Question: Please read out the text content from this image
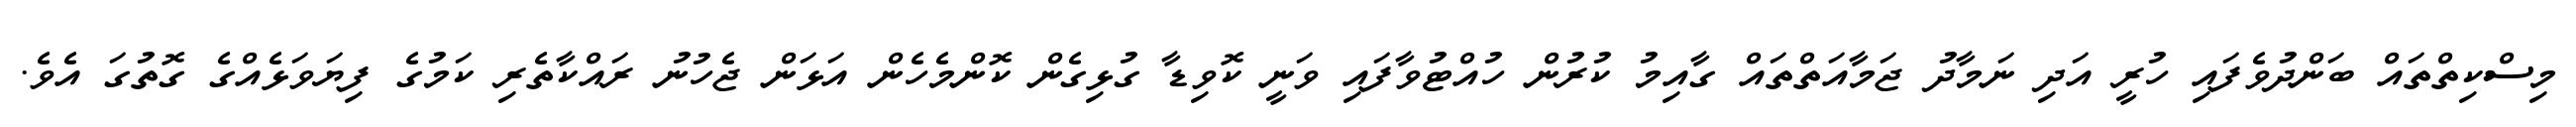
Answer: މިސްކިތްތައް ބަންދުވެފައި ހުރީ އަދި ނަމާދު ޖަމާއަތްތައް ގާއިމު ކުރުން ހުއްޓުވާފައި ވަނީ ކޮވިޑާ ގުޅިގެން ކޮންމެހެން އަޅަން ޖެހުނު ރައްކާތެރި ކަމުގެ ފިޔަވަޅެއްގެ ގޮތުގަ އެވެ.